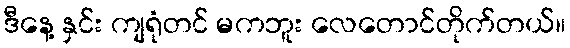
ဒီနေ့ နှင်း ကျရုံတင် မကဘူး လေတောင်တိုက်တယ်။